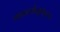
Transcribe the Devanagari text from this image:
कामधेनुकरण